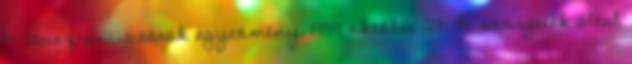
19. Brit-francia-török egyezmény. 1939 október 27. A szovjetek által